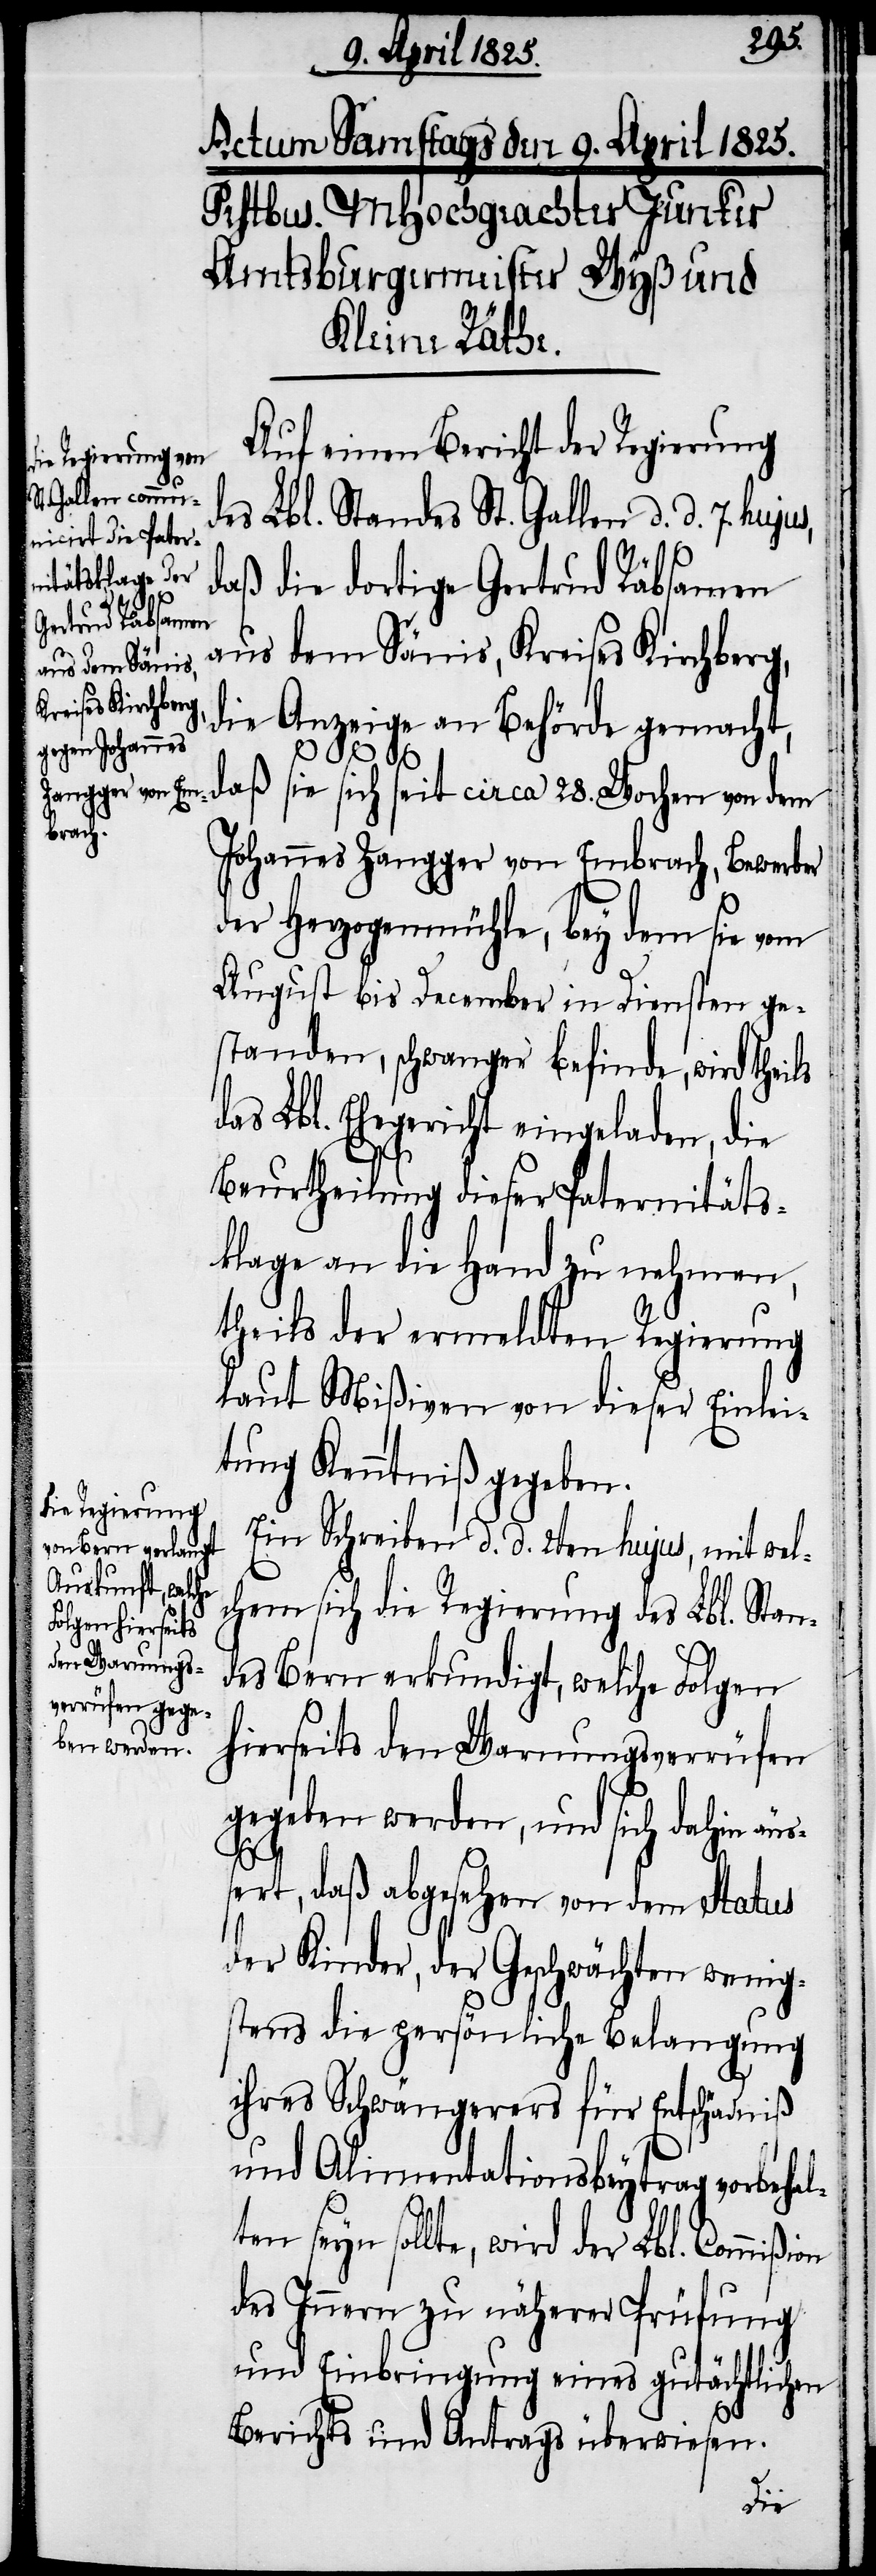
28.
Auf einen Bericht der Regierung
des Lbl. Standes St. Gallen d. d. 7. huju¬
daß die dortige Gertrud Räbsamen
aus dem Sänis, Kreises Kirchberg,
sie sich seit
die
Anzeige an Behörde gemacht,
Wochen
Johannes Zangger von Embrach, Bewerber
der Herzogenmühle, bey dem sie vom
August bis December in Diensten ge¬
standen, schwanger befinde, wird theils
as Lbl. Ehegericht eingeladen, die
Beurtheilung dieser Paternitäts¬
klage an die Hand zu nehmen,
theils der ermeldten Regierung
laut Mißiven von dieser Einlei¬
tung Kenntniß gegeben.
Ein Schreiben d. d. 2ten hujus, mit wel¬
chem sich die Regierung des Lbl. Stan¬
des Bern erkundigt, welche Folgen
hierseits den Warnungsverrüfen
gegeben werden, und sich dahin äuß¬
ert, daß abgesehen von dem Status
der Kinder, der Geschwächten wenig¬
stens die persönliche Belangung
ihres Schwängerers für Entschädniß
und Alimentationsbeytrag vorbehal¬
d¬
ten seyn sollte, wird der Lbl. Commißion
des Innern zu näherer Prüfung
und Einbringung eines gutächtlichen
Berichts und Antrags überwiesen.